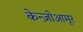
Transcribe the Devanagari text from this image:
केन्ज़ोआमूर